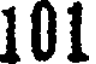
101